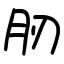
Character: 肕